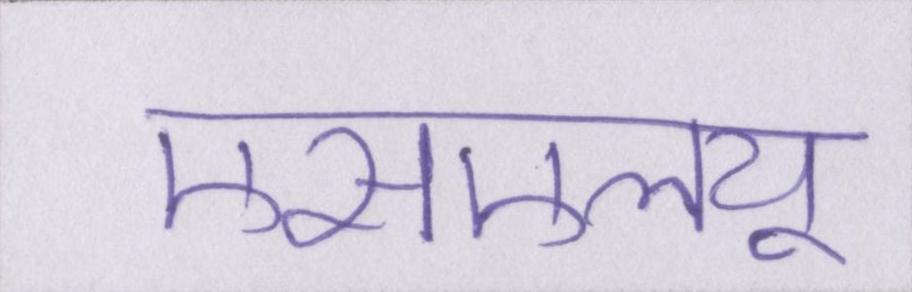
एसएलयू